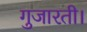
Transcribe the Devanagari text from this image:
गुजारती।